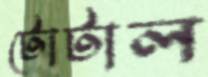
টোটাল